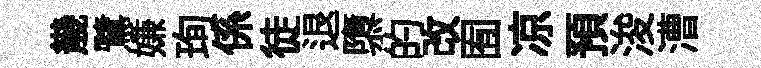
㡬鷺嫌珣係徒退隳的改囿凉預浚漕